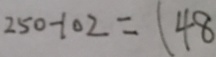
2 5 0 - 1 0 2 = 1 4 8